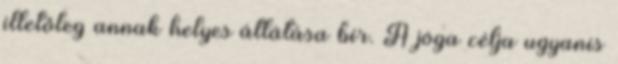
illetőleg annak helyes átlátása bír. A jóga célja ugyanis